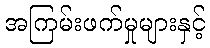
အကြမ်းဖက်မှုများနှင့်